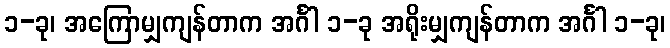
၁-ခု၊ အကြောမျှကျန်တာက အင်္ဂါ ၁-ခု အရိုးမျှကျန်တာက အင်္ဂါ ၁-ခု၊